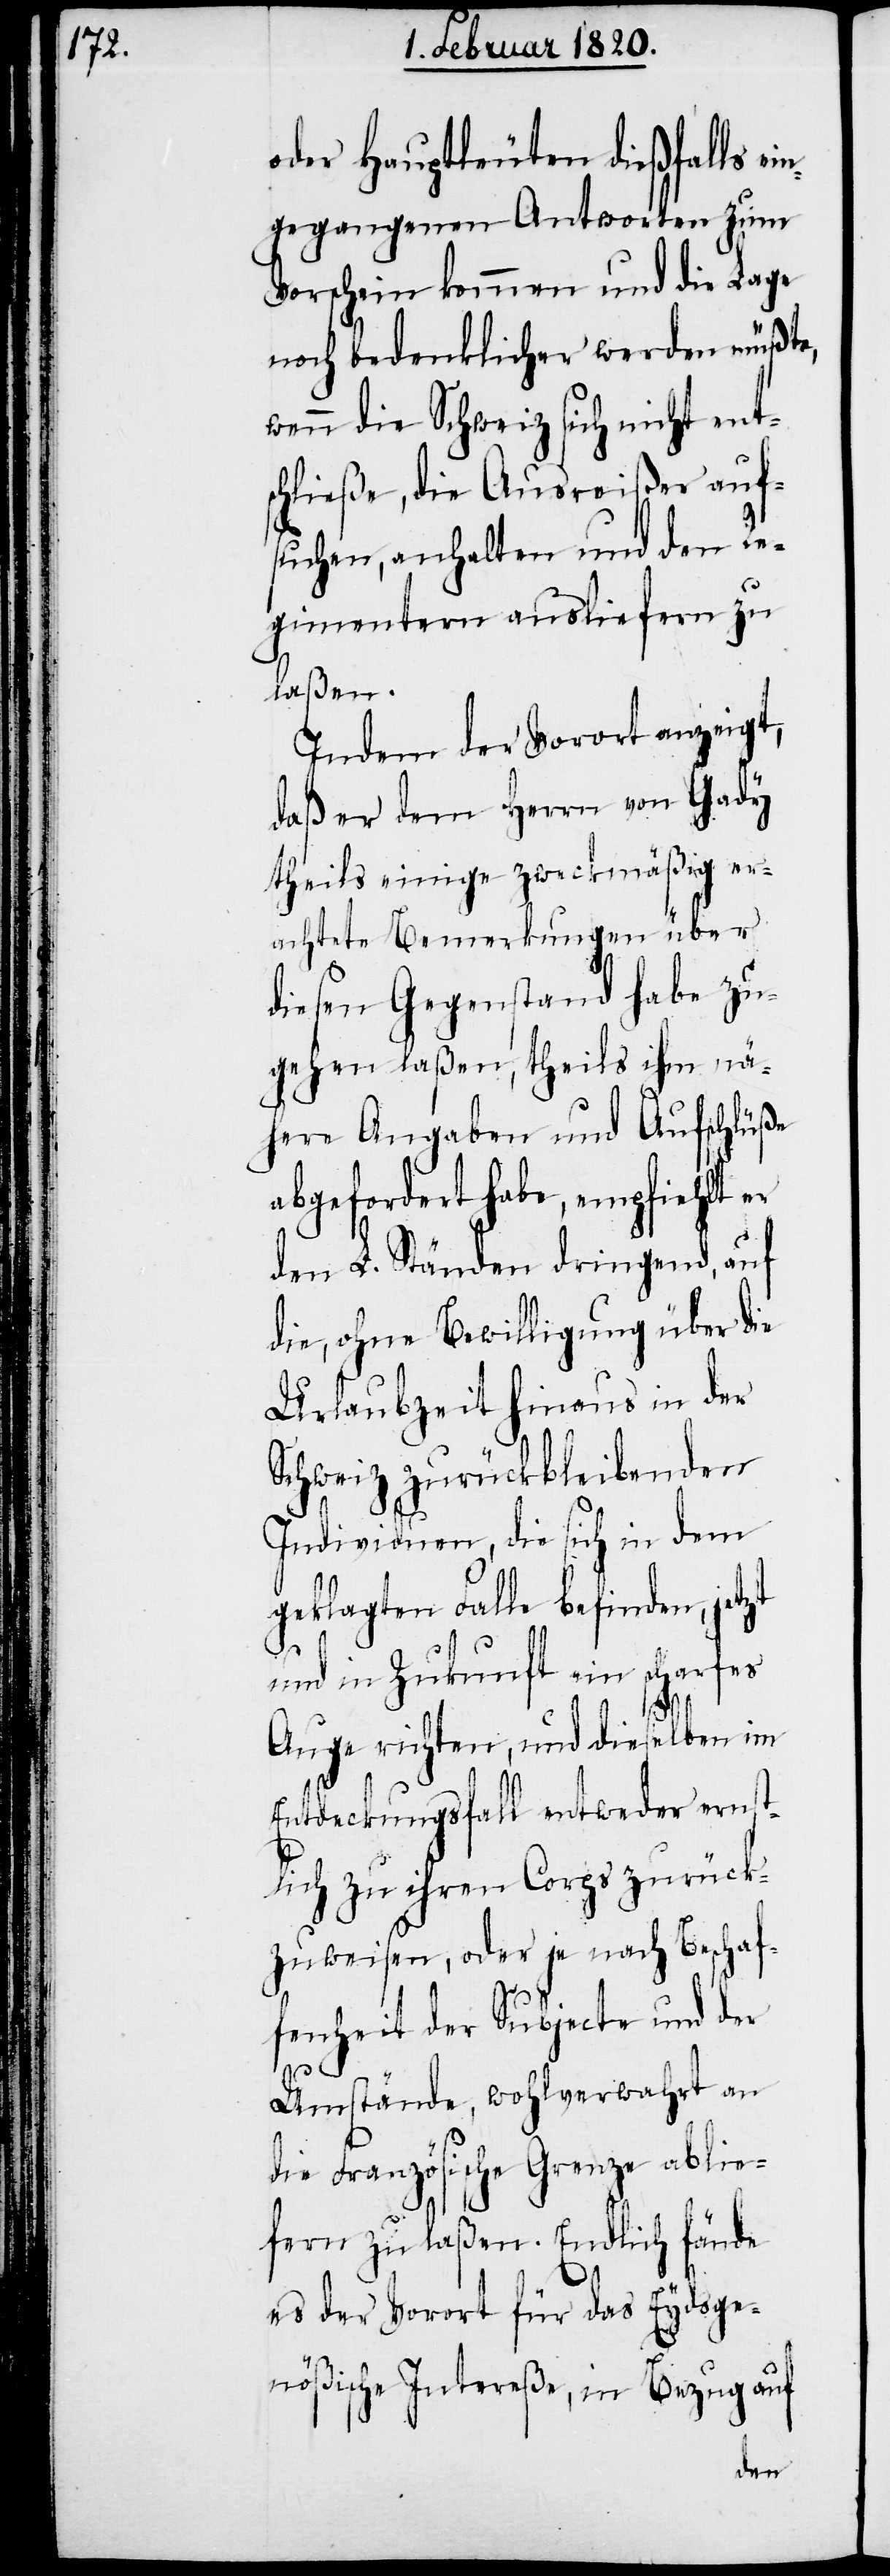
oder Hauptleuten dießfalls ei¬
ngegangenen Antworten zum
Vorschein kommen und die Lage
noch bedenklicher werden müßte,
wenn die Schweiz sich nicht ent¬
schließe, die Ausreißer auf¬
suchen, anhalten und den Re¬
gimentern ausliefern zu
laßen.
Indem der Vorort anzeigt,
daß er dem Herrn von Gady
theils einige zweckmäßig er¬
achtete Bemerkungen über
diesen Gegenstand habe zu¬
gehen laßen, theils ihm nä¬
here Angaben und Aufschlüße
abgefordert habe, empfiehlt er
den L. Ständen dringend, auf
die, ohne Bewilligung über die
Urlaubzeit hinaus in der
Schweiz zurückbleibenden
Individuen, die sich in dem
geklagten Falle befinden, jetzt
und in Zukunft ein scharfes
Auge richten, und dieselben im
Entdeckungsfall entweder ernst¬
lich zu ihren Corps zurück¬
zuweisen, oder je nach Beschaf¬
fenheit der Subjecte und der
Umstände, wohlverwahrt an
die Französische Grenze ablie¬
fern zu laßen. Endlich fände
es der Vorort für das Eydsge¬
nößische Intereße, in Bezug auf